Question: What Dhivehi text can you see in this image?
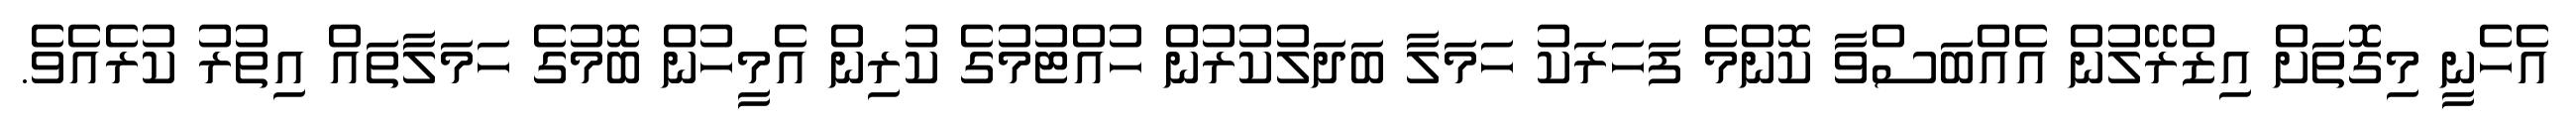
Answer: އެހެނީ މިގޮތަށް އިޒްރޭލުން އެއްބަސްވާ ކޮންމެ ފަހަރަކު ހަމަލާ ބަދަލުކުރުން ހުއްޓުމުގެ ކުރިން އެމީހުން ބޮމުގެ ހަމަލާތައް އިތުރު ކުރެއެވެ.